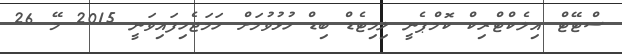
ސްޓޭޓް އިލެކްޓްރިކް ކޮމްޕެނީ ލިމިޓެޑް ބިޑް ހުޅުވުމަށް ހަމަޖެހިފައިވަނީ 2015 މޭ 26